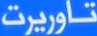
تاوریرت